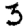
Digit: 3